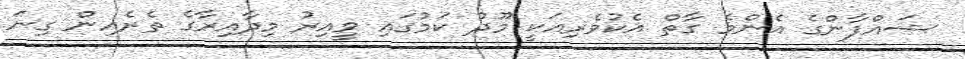
ޝައްފާންގެ އެންމެ ގާތް އެކުވެރިއަކީ މޫދު ކަމުގައި ވީއިރު މިދާއިރާގެ ތެރެއިން ގިނަ